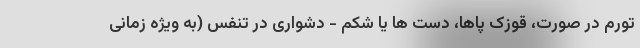
تورم در صورت، قوزک پاها، دست ها یا شکم - دشواری در تنفس (به ویژه زمانی